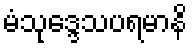
မံသုဒ္ဒေသပရမာနိ